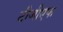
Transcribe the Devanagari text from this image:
टीजीएफ